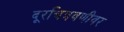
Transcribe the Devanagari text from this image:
दूरचित्रवणीवर